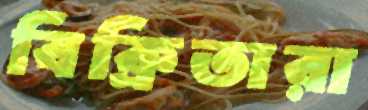
বিক্রিতারা